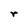
Character: r